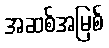
အဆစ်အမြစ်